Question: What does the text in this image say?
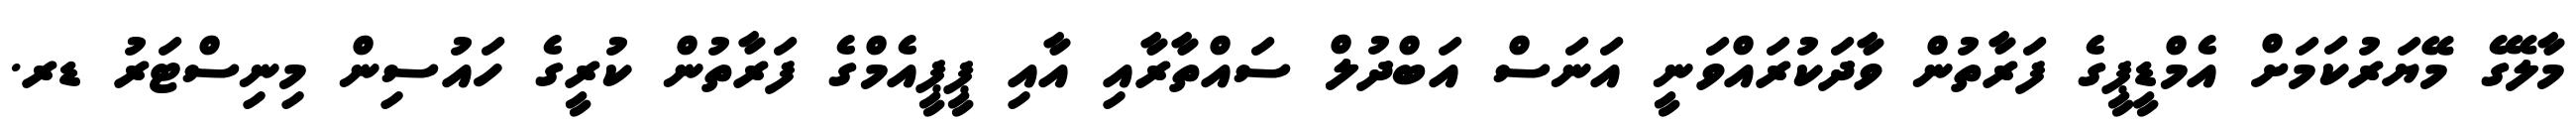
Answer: މާލޭގެ މޭޔަރުކަމަށް އެމްޑީޕީގެ ފަރާތުން ވާދަކުރައްވަނީ އަނަސް އަބްދުލް ސައްތާރާއި އާއި ޕީޕީއެމްގެ ފަރާތުން ކުރީގެ ހައުސިން މިނިސްޓަރު ޑރ.